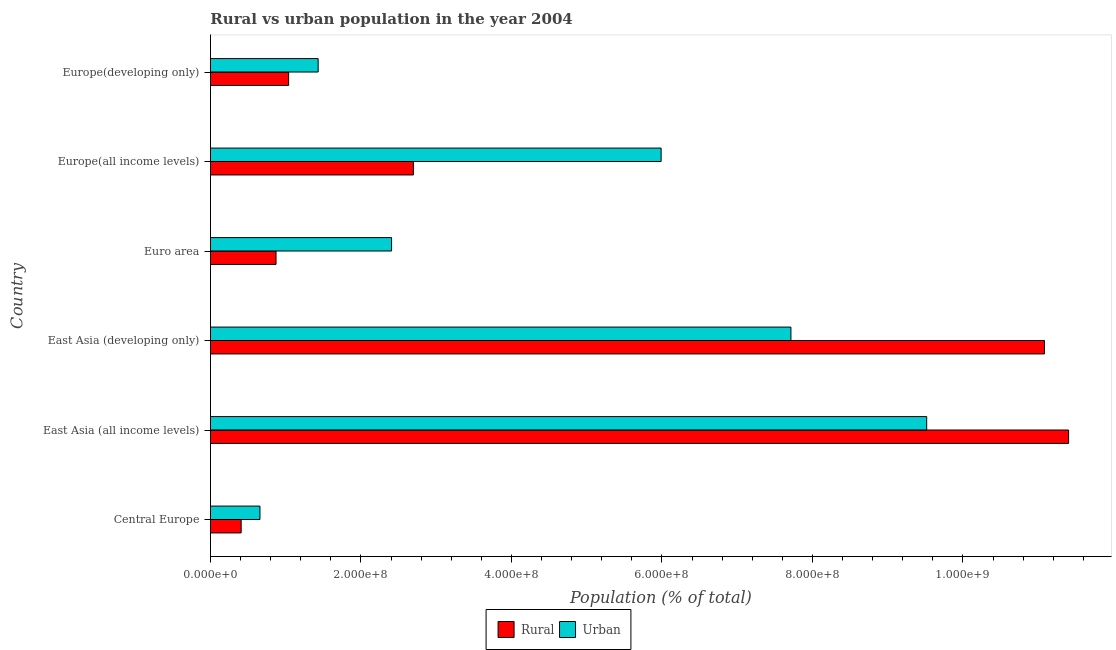
| Country | Rural | Urban |
 | --- | --- | --- |
 | Central Europe | 4.08e+07 | 6.57e+07 |
 | East Asia (all income levels) | 1.14e+09 | 9.52e+08 |
 | East Asia (developing only) | 1.11e+09 | 7.71e+08 |
 | Euro area | 8.71e+07 | 2.41e+08 |
 | Europe(all income levels) | 2.7e+08 | 5.99e+08 |
 | Europe(developing only) | 1.04e+08 | 1.43e+08 |